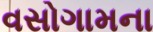
વસોગામના